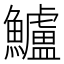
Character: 鱸